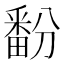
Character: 𬏔